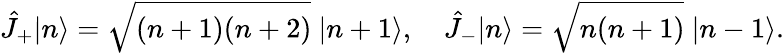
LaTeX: \hat{J}_{+}|n\rangle=\sqrt{(n+1)(n+2)}~|n+1\rangle,~~~~\hat{J}_{-}|n\rangle=\sqrt{n(n+1)}~|n-1\rangle.